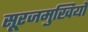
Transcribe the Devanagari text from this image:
सूरजमुखियों